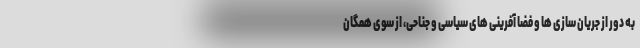
به دور از جریان سازی ها و فضا آفرینی های سیاسی و جناحی، از سوی همگان